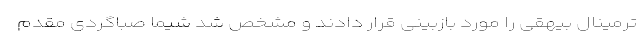
ترمینال بیهقی را مورد بازبینی قرار دادند و مشخص شد شیما صباگردی مقدم